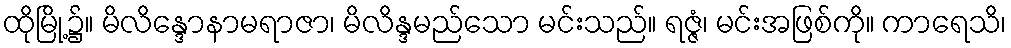
ထိုမြို့၌။ မိလိန္ဒောနာမရာဇာ၊ မိလိန္ဒမည်သော မင်းသည်။ ရဇ္ဇံ၊ မင်းအဖြစ်ကို။ ကာရေသိ၊